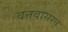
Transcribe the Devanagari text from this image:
वनवासरत्